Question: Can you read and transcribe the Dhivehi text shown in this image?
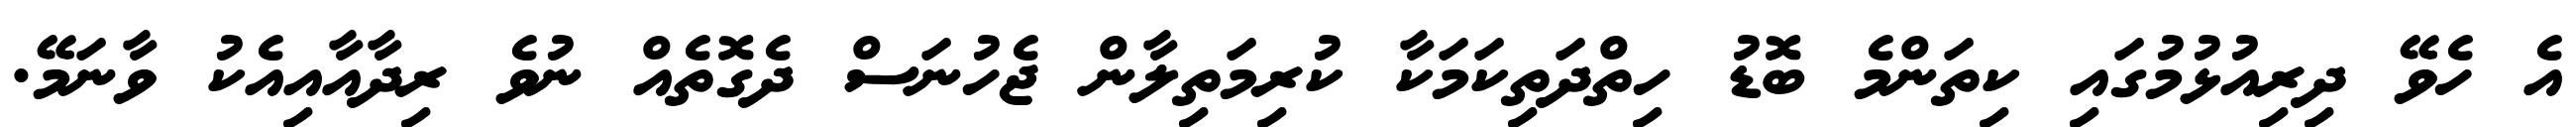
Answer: އެ ހެވޭ ދިރިއުޅުމުގައި ކިތަންމެ ބޮޑު ހިތްދަތިކަމަކާ ކުރިމަތިލާން ޖެހުނަސް ދެގޮތެއް ނުވެ ރިދާއާއިއެކު ވާނަމޭ.